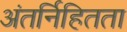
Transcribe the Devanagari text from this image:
अंतर्निहितता